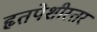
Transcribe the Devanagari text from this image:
हृतपेशीस्तर